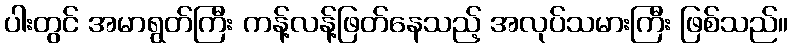
ပါးတွင် အမာရွတ်ကြီး ကန့်လန့်ဖြတ်နေသည့် အလုပ်သမားကြီး ဖြစ်သည်။